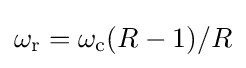
\omega _{\text{r}}=\omega _{\text{c}}(R-1)/R